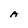
Character: A